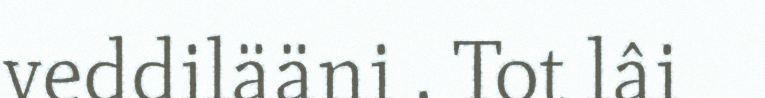
veddilääni . Tot lâi